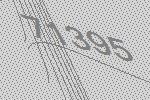
71395